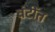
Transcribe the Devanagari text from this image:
वंटींत